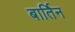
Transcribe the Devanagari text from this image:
बार्तिन